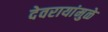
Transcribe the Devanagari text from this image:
देवरायांमुळे